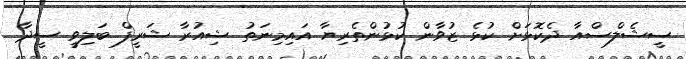
ސީޝެލްސްއާ ދެކޮޅަށް ކުޅެ ޒުވާން ކުޅުންތެރިޔާ އައިމިނަތު ޝިއުރާ ޝަރީފް ބަލިވީ ސީދާ